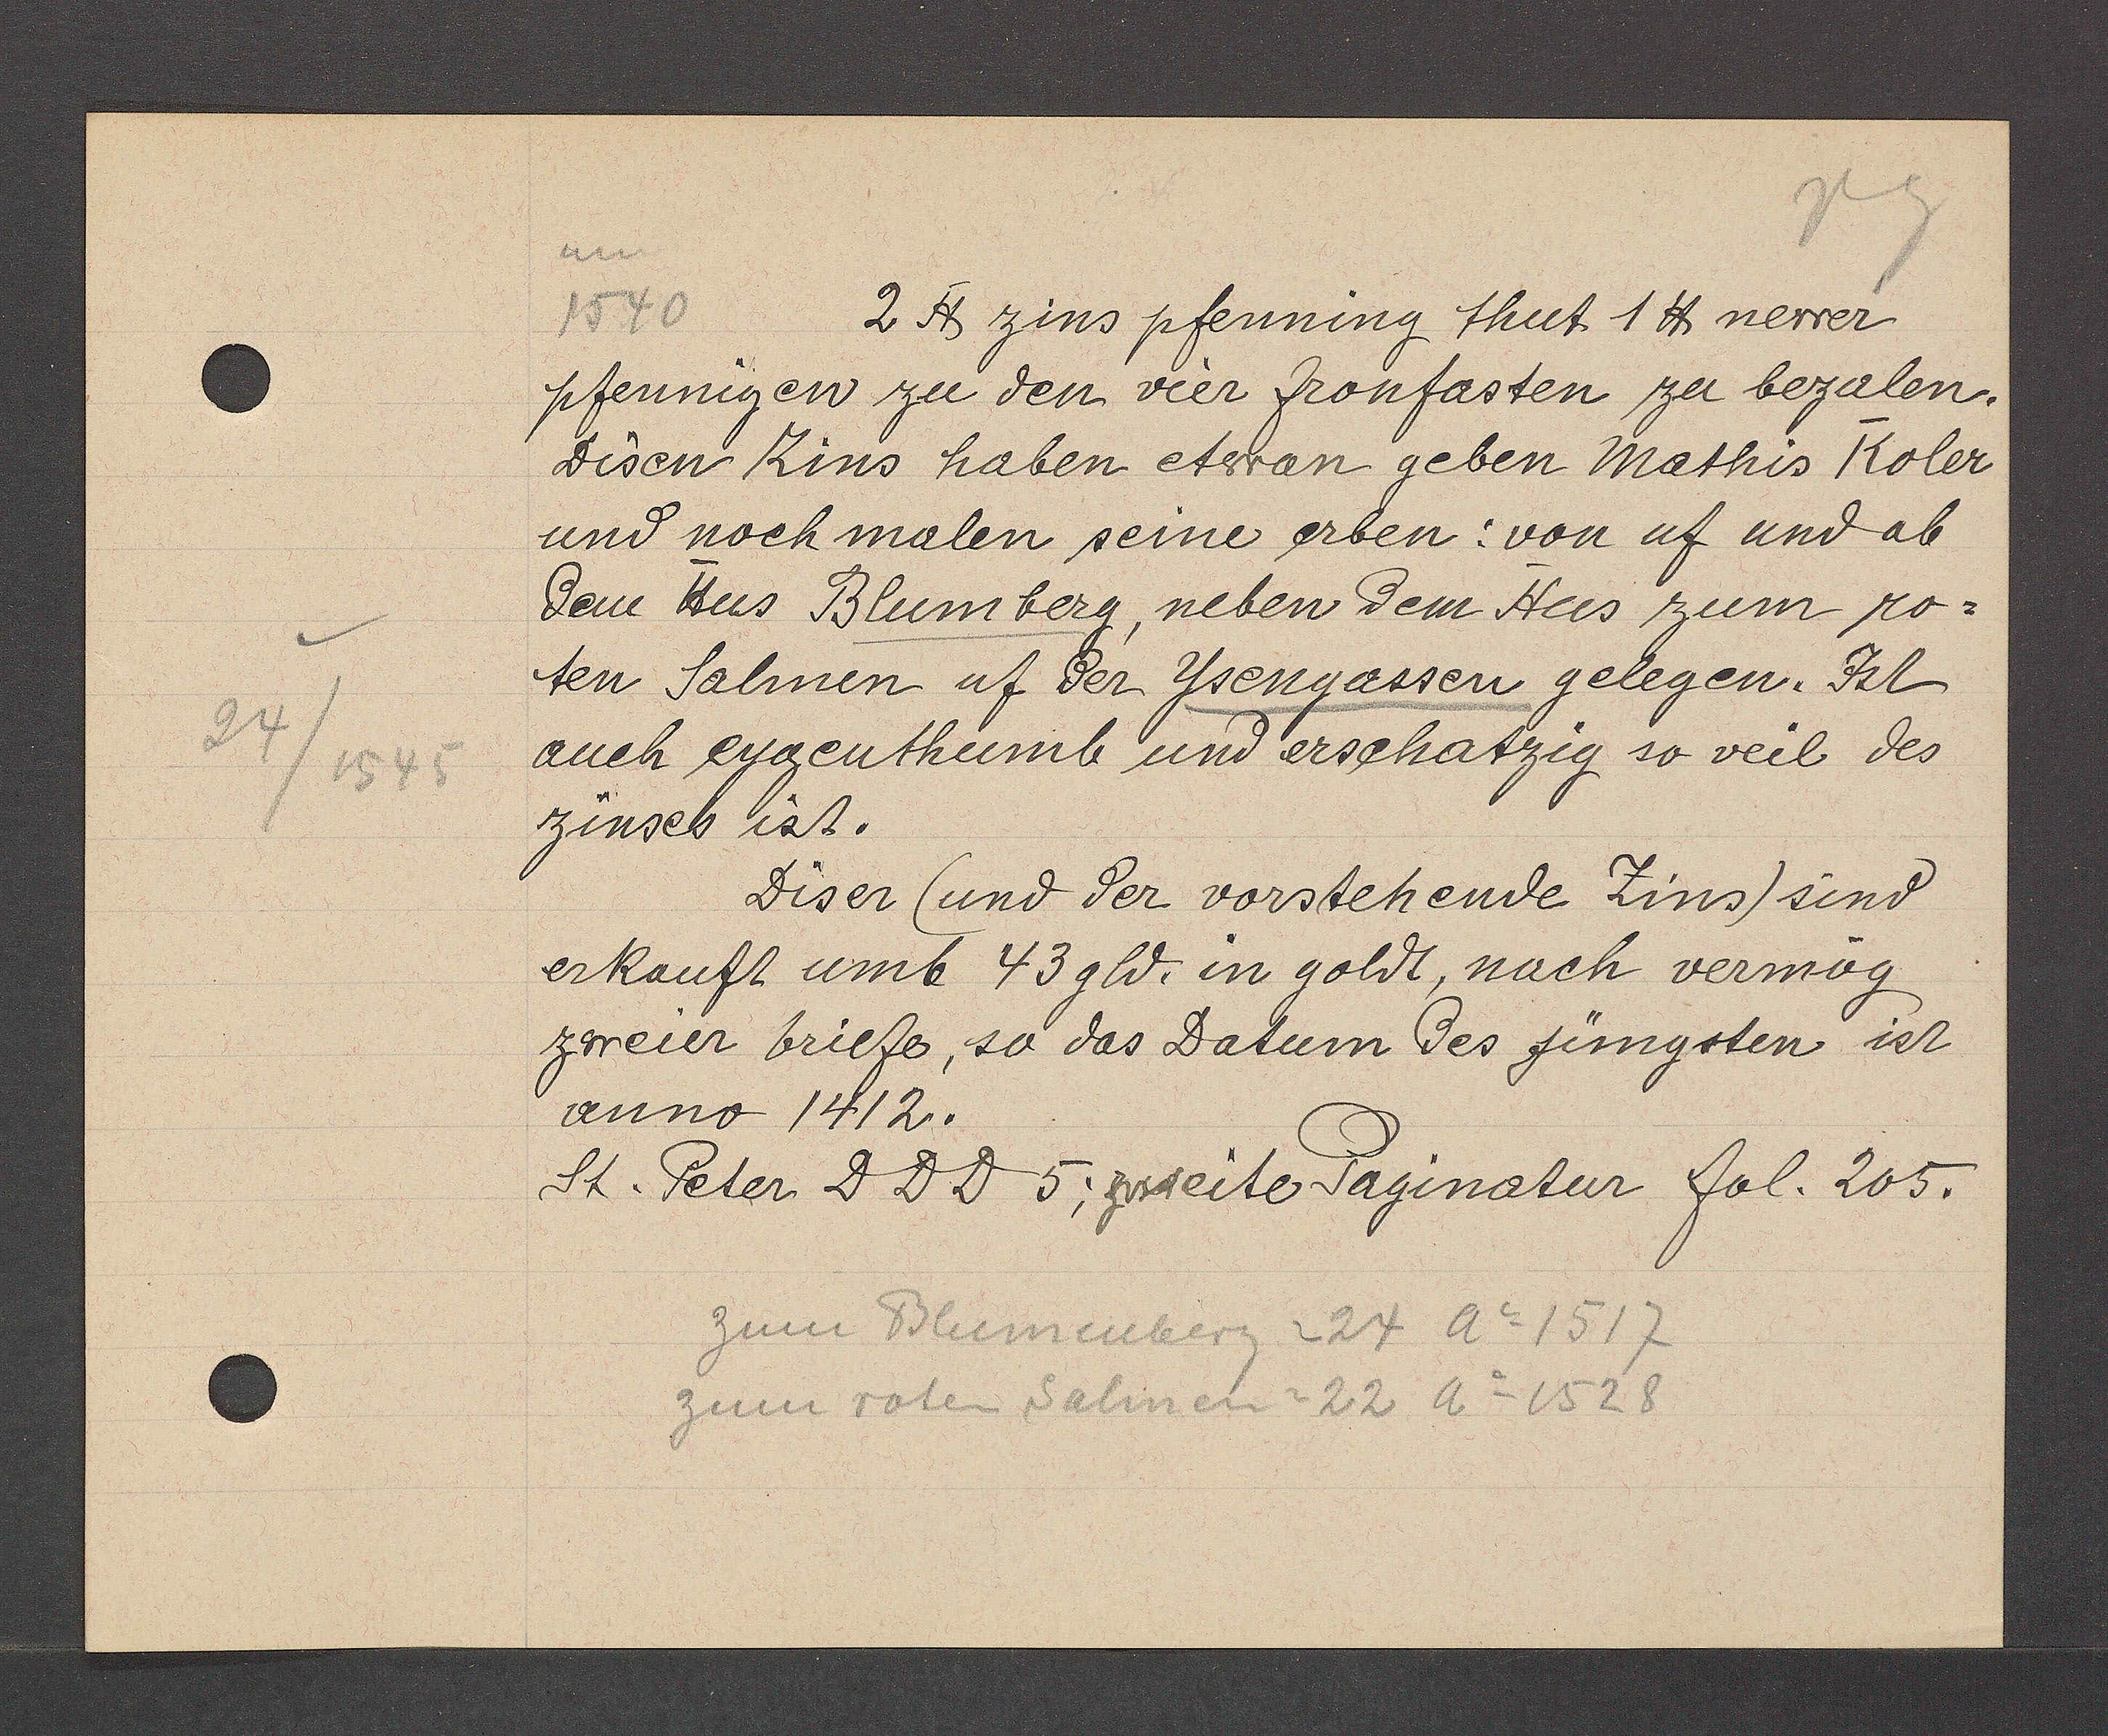
Transcript:
24/1545

2 ℔ Zins pfenning thut 1 ℔ newer
1540
pfenningen zu den vier fronfasten zu bezalen.
disen Zins haben etwan geben Mathis Koler
und nochmalen seine erben: von uf und ab
dem Hus Blumberg, neben dem Hus zum ro=
ten Salmen uf der Ysengassen gelegen. Ist
auch eygenthumb um erschatzig so veil des
Zinses ist.
Diser (und der vorstehende Zins) sind
erkauft umb 43 gld. in goldt, nach vermög
zweier briefe, so das Datum des jüngsten ist
anno 1412.
St. Peter DDD 5; zweite Paginatur fol. 205.
zum Blumenberg =24 A o1517
zum roten Salmen = 22 Ao1528